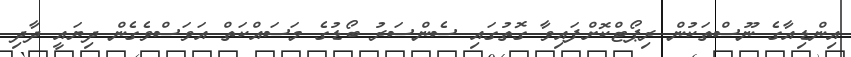
އިންޑިއާގެ ނޫސްތަކުން ރިޕޯޓްކޮށްފައިވާ ގޮތުގައި ސެންސަރު ބޯޑުގެ މަސައްކަތް އަވަސްވެގެން ދިޔައީ ދާދި